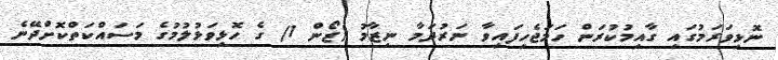
ނޮޅިވަރަމުގައި ގާއިމުކުރަން ހަމަޖެހިފައިވާ ނަރުދަމާ ނިޒާމު (ޒޯން 1) ގެ ހޮޅިވަޅުލުމުގެ މަސައްކަތްކޮށްދޭނެ